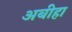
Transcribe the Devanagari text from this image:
अबीहा